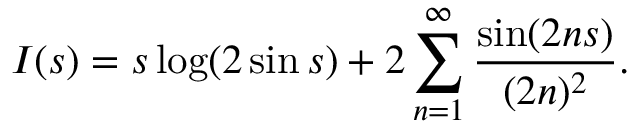
I ( s ) = s \log ( 2 \sin s ) + 2 \sum _ { n = 1 } ^ { \infty } \frac { \sin ( 2 n s ) } { ( 2 n ) ^ { 2 } } .